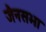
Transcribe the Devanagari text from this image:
जैनसभा